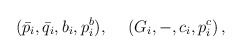
\begin{align*}(\bar{p}_i,\bar{q}_i,b_i,p_i^b),\hspace{0.5cm}(G_i,-,c_i,p_i^c)\,,\end{align*}